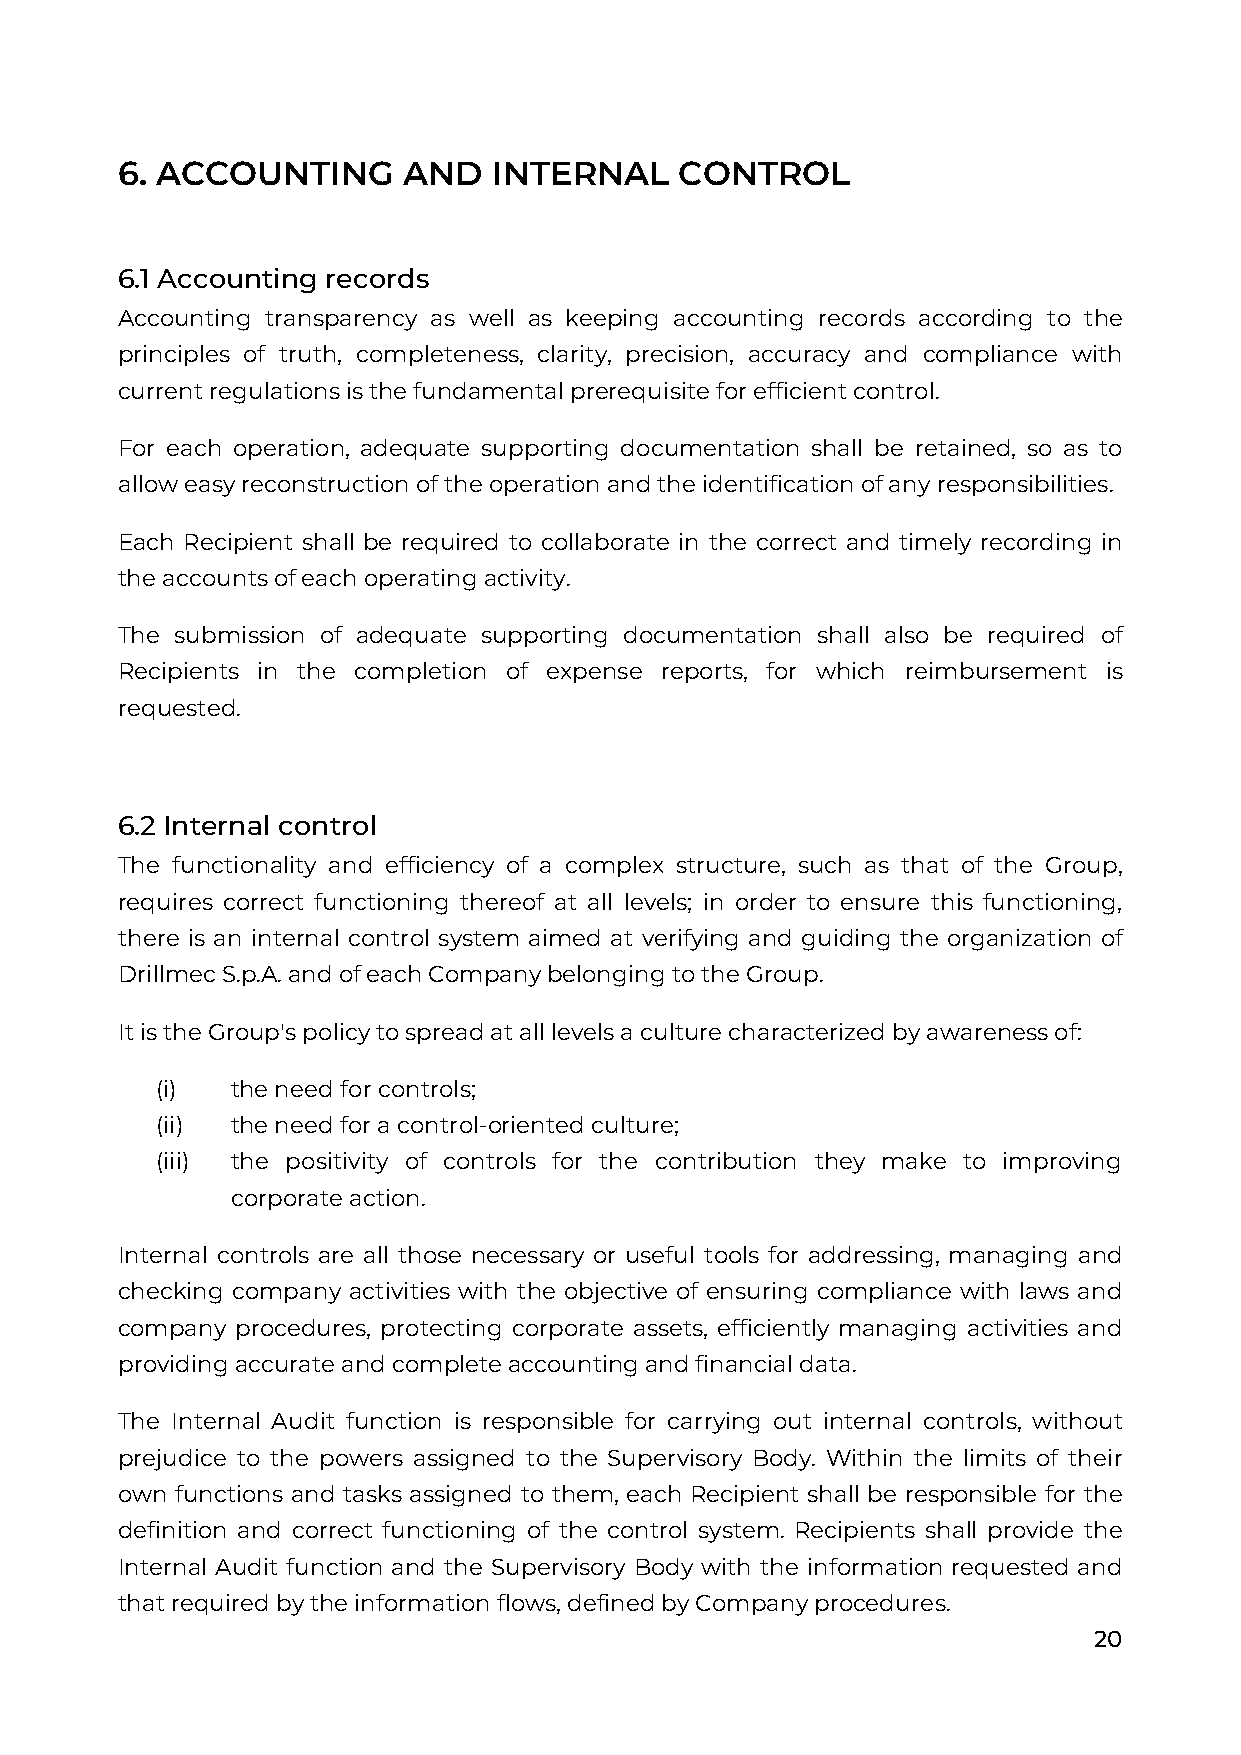
6. ACCOUNTING      AND   INTERNAL    CONTROL
 6.1 Accounting records
 Accounting transparency as well as keeping accounting records according to the
 principles of truth, completeness, clarity, precision, accuracy and compliance with
 current regulations is the fundamental prerequisite for efficient control.
 For each operation, adequate supporting documentation shall be retained, so as to
 allow easy reconstruction of the operation and the identification of any responsibilities.
 Each Recipient shall be required to collaborate in the correct and timely recording in
 the accounts of each operating activity.
 The submission of adequate supporting documentation shall also be required of
 Recipients in the completion of expense reports, for which reimbursement is
 requested.
 6.2 Internal control
 The functionality and efficiency of a complex structure, such as that of the Group,
 requires correct functioning thereof at all levels; in order to ensure this functioning,
 there is an internal control system aimed at verifying and guiding the organization of
 Drillmec S.p.A. and of each Company belonging to the Group.
 It is the Group's policy to spread at all levels a culture characterized by awareness of:
 (i)  the need for controls;
 (ii) the need for a control-oriented culture;
 (iii) the positivity of controls for the contribution they make to improving
 corporate action.
 Internal controls are all those necessary or useful tools for addressing, managing and
 checking company activities with the objective of ensuring compliance with laws and
 company procedures, protecting corporate assets, efficiently managing activities and
 providing accurate and complete accounting and financial data.
 The Internal Audit function is responsible for carrying out internal controls, without
 prejudice to the powers assigned to the Supervisory Body. Within the limits of their
 own functions and tasks assigned to them, each Recipient shall be responsible for the
 definition and correct functioning of the control system. Recipients shall provide the
 Internal Audit function and the Supervisory Body with the information requested and
 that required by the information flows, defined by Company procedures.
 20